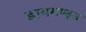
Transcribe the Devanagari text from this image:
डायमण्ड्स